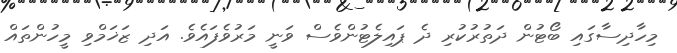
މިހާދިސާގައި ބޯޓުން ދަތުރުކުރި ދެ ޕައިލެޓުންވެސް ވަނީ މަރުވެފައެވެ. އަދި ޒަޚަމްވި މީހުންތައް